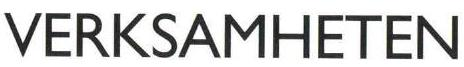
VERKSAMHETEN